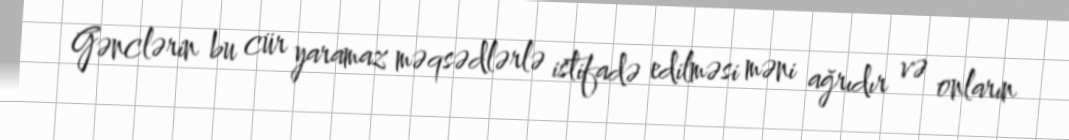
Gənclərin bu cür yaramaz məqsədlərlə istifadə edilməsi məni ağrıdır və onların